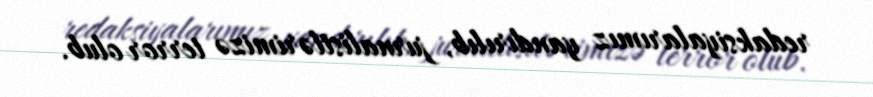
redaksiyalarımız yandırılıb, jurnalistlərimizə terror olub.